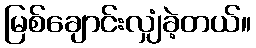
မြစ်ချောင်းလျှံခဲ့တယ်။